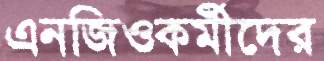
এনজিওকর্মীদের